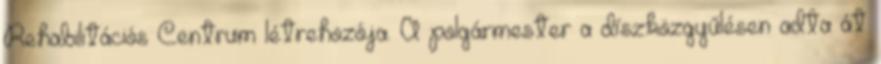
Rehabilitációs Centrum létrehozója. A polgármester a díszközgyűlésen adta át